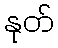
နုတ်